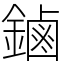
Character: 鏀